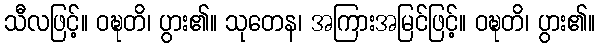
သီလဖြင့်။ ဝဍ္ဎတိ၊ ပွား၏။ သုတေန၊ အကြားအမြင်ဖြင့်။ ဝဍ္ဎတိ၊ ပွား၏။